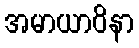
အမာယာဝိနာ